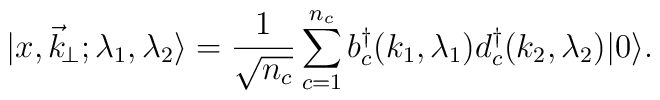
\vert  x,\vec k_{\!\perp}; \lambda_1,\lambda_2          \rangle  ={1\over \sqrt{n_c}} \sum _{c=1} ^{n_c}       b^\dagger_c (k_1,\lambda_1)        d^\dagger_c  (k_2,\lambda_2) \vert 0 \rangle .